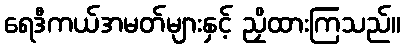
ရေဒီကယ်အမတ်များနှင့် ညှိထားကြသည်။